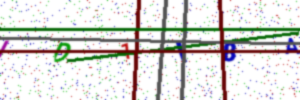
Text: ID1I8A